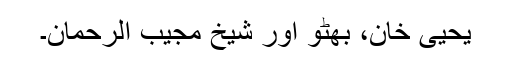
یحیی خان، بھٹو اور شیخ مجیب الرحمان۔